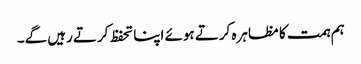
ہم ہمت کا مظاہرہ کرتے ہوئے اپنا تحفظ کرتے رہیں گے۔